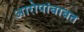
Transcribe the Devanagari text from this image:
आरोपांबाबत